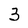
Character: 3